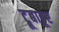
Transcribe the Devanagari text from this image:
ट्रूबाडूर